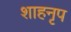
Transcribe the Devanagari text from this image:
शाहनृप